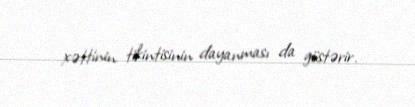
xəttinin tikintisinin dayanması da göstərir.